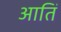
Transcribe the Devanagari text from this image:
आतिं